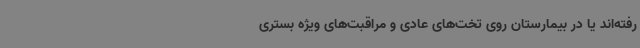
رفته‌اند یا در بیمارستان روی تخت‌های عادی و مراقبت‌های ویژه بستری